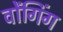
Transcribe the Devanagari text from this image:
वोंगिंग